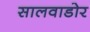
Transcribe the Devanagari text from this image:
सालवाडोर